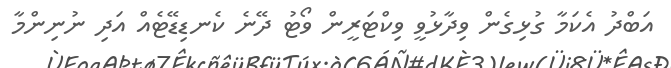
އަބްދު އެކަމާ ގުޅިގެން ވިދާޅުވީ ވިކްޓަރީން ވޯޓު ދޭނެ ކެނޑިޑޭޓެއް އަދި ނުނިންމާ